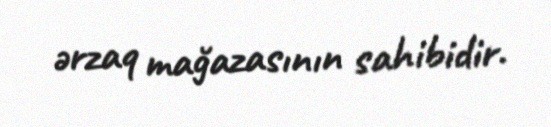
ərzaq mağazasının sahibidir.